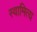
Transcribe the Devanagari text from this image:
स्वामित्य